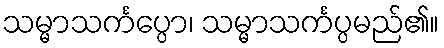
သမ္မာသင်္ကပ္ပော၊ သမ္မာသင်္ကပ္ပမည်၏။